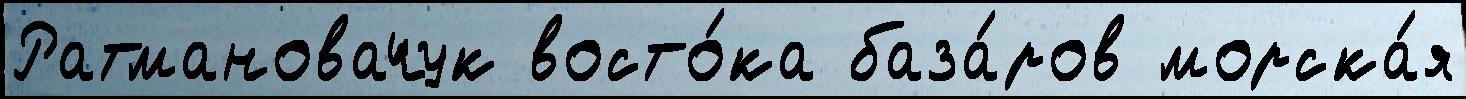
Ратмановачук восто́ка база́ров морска́я